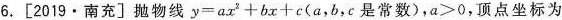
6.[2019·南充]抛物线$$y=ax^{2}+bx+c$$(a，b，c是常数)，$$a>0$$，顶点坐标为